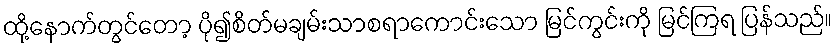
ထို့နောက်တွင်တော့ ပို၍စိတ်မချမ်းသာစရာကောင်းသော မြင်ကွင်းကို မြင်ကြရ ပြန်သည်။